Civil Veterinary Department Bihar & Orissa reports 1911-21 - 1911-1921
Year: 1911
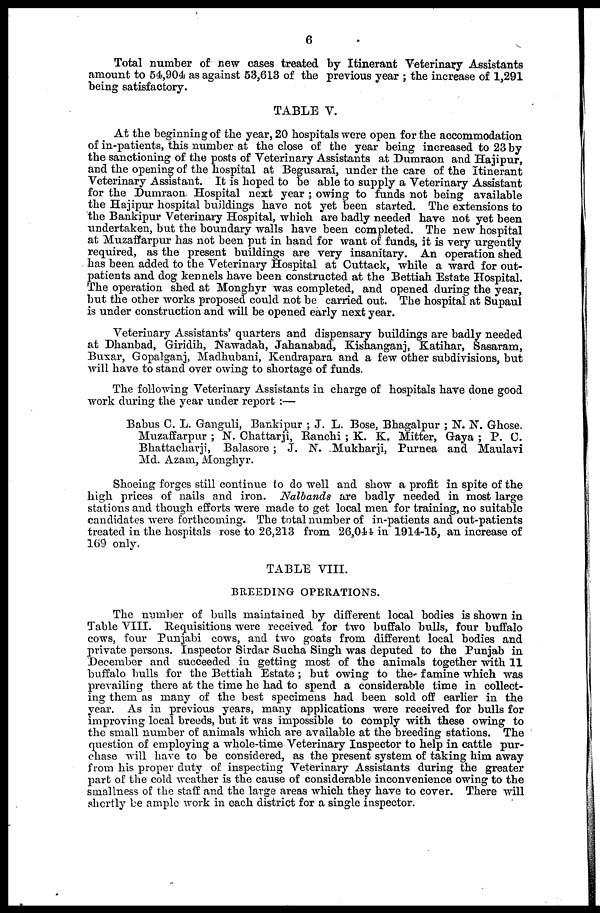
6
Total number of new eases treated by Itinerant Veterinary Assistants
amount to 54,904 as against 53,613 of the previous year ; the increase of 1,291
being satisfactory.
TABLE V.
At the beginning of the year, 20 hospitals were open for the accommodation
of in-patients, this number at the close of the year being increased to 23 by
the sanctioning of the posts of Veterinary Assistants at Dumraon and Hajipur,
and the opening of the hospital at Begusarai, under the care of the Itinerant
Veterinary Assistant. It is hoped to be able to supply a Veterinary Assistant
for the Dumraon Hospital next year ; owing to funds not being available
the Hajipur hospital buildings have not yet been started. The extensions to
the Bankipur Veterinary Hospital, which are badly needed have not yet been
undertaken, but the boundary walls have been completed. The new hospital
at Muzaffarpur has not been put in hand for want of funds, it is very urgently
required, as the present buildings are very insanitary. An operation shed
has been added to the Veterinary Hospital at Cuttack, while a ward for out-
patients and dog kennels have been constructed at the Bettiah Estate Hospital.
The operation shed at Monghyr was completed, and opened during the year,
but the other works proposed could not be carried out. The hospital at Supaul
is under construction and will be opened early next year.
Veterinary Assistants' quarters and dispensary buildings are badly needed
at Dhanbad, Giridih, Nawadah, Jahanabad, Kishanganj, Katihar, Sasaram,
Buxar, Gopalganj, Madhubani, Kendrapara and a few other subdivisions, but
will have to stand over owing to shortage of funds.
The following Veterinary Assistants in charge of hospitals have done good
work during the year under report :—
Babus C. L. Ganguli, Bankipur ; J. L. Bose, Bhagalpur ; N. N. Ghose.
Muzaffarpur ; N. Chattarji, Ranchi ; K. K. Mitter, Gaya ; P. C.
Bhattacharji, Balasore ; J. N. Mukharji, Purnea and Maulavi
Md. Azam, Monghyr.
Shoeing forges still continue to do well and show a profit in spite of the
high prices of nails and iron. Nalbands are badly needed in most large
stations and though efforts were made to get local men for training, no suitable
candidates were forthcoming. The total number of in-patients and out-patients
treated in the hospitals rose to 26,213 from 26,041. in 1914-15, an increase of
169 only.
TABLE VIII.
BREEDING OPERATIONS.
The number of bulls maintained by different local bodies is shown in
Table VIII. Requisitions were received for two buffalo bulls, four buffalo
cows, four Punjabi cows, and two goats from different local bodies and
private persons. Inspector Sirdar Sucha Singh was deputed to the Punjab in
December and succeeded in getting most of the animals together with 11
buffalo bulls for the Bettiah Estate ; but owing to the famine which was
prevailing there at the time he had to spend a considerable time in collect-
ing them as many of the best specimens had been sold off earlier in the
year. As in previous years, many applications were received for bulls for
improving local breeds, but it was impossible to comply with these owing to
the small number of animals which are available at the breeding stations. The
question of employing a whole-time Veterinary Inspector to help in cattle pur-
chase will have to be considered, as the present system of taking him away
from his proper duty of inspecting Veterinary Assistants during the greater
part of the cold weather is the cause of considerable inconvenience owing to the
smallness of the staff and the large areas which they have to cover. There will
shortly be ample work in each district for a single inspector.